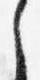
之